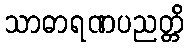
သာဓာရဏပညတ္တိ